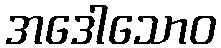
အဒေါသောဝ